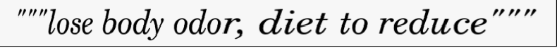
"""lose body odor, diet to reduce"""